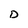
Character: D